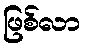
ဖြစ်လာ